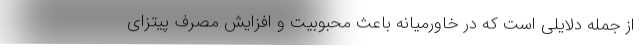
از جمله دلایلی است که در خاورمیانه باعث محبوبیت و افزایش مصرف پیتزای